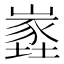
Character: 嶳